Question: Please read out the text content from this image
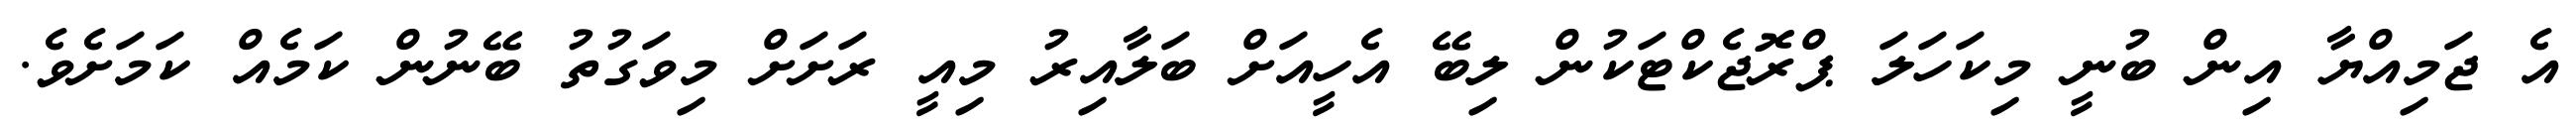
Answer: އެ ޖަމިއްޔާ އިން ބުނީ މިކަހަލަ ޕްރޮޖެކްޓަކުން ލިބޭ އެހީއަށް ބަލާއިރު މިއީ ރަށަށް މިވަގުތު ބޭނުން ކަމެއް ކަމަށެވެ.